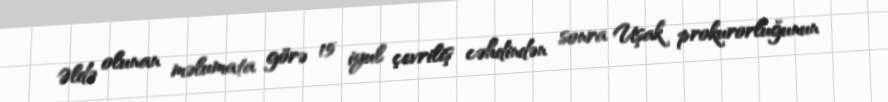
Əldə olunan məlumata görə 15 iyul çevriliş cəhdindən sonra Uşak prokurorluğunun